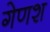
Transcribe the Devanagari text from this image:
गेणश